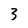
Character: 3